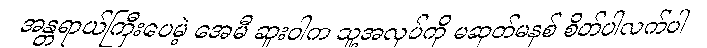
အန္တရာယ်ကြီးပေမဲ့ အေမီ ဆူးဝါက သူ့အလုပ်ကို မဆုတ်မနစ် စိတ်ပါလက်ပါ